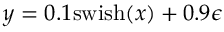
y = 0 . 1 \mathrm { s w i s h } ( x ) + 0 . 9 \epsilon